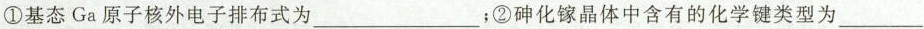
①基态Ga原子核外电子排布式为___；②砷化镓晶体中含有的化学键类型为___